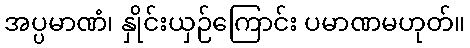
အပ္ပမာဏံ၊ နှိုင်းယှဉ်ကြောင်း ပမာဏမဟုတ်။